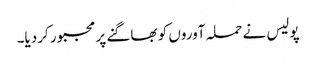
پولیس نے حملہ آوروں کو بھاگنے پر مجبور کردیا۔